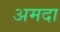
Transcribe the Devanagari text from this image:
अमदा